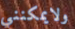
ولايمكنني